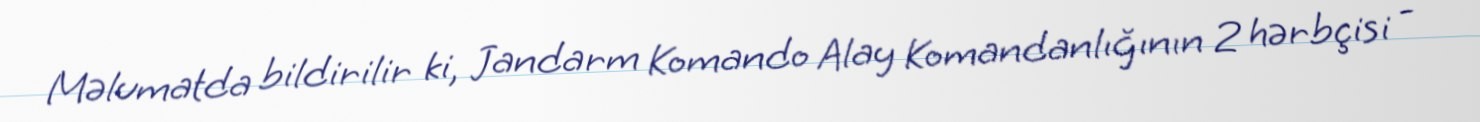
Məlumatda bildirilir ki, Jandarm Komando Alay Komandanlığının 2 hərbçisi -